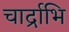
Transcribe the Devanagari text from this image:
चार्द्राभि